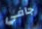
جافي